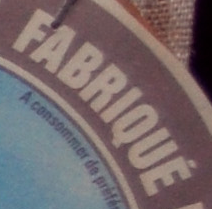
FABRIQUE